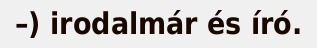
–) irodalmár és író.